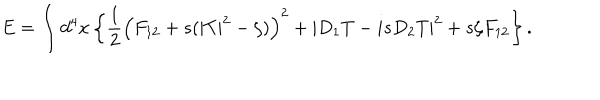
LaTeX: E = \int d ^ { 4 } x \left\{ \frac 1 2 \left( F _ { 1 2 } + s ( | T | ^ { 2 } - \zeta ) \right) ^ { 2 } + | D _ { 1 } T - i s D _ { 2 } T | ^ { 2 } + s \zeta F _ { 1 2 } \right\} .